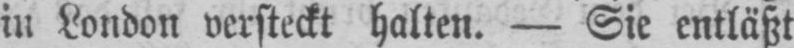
in London versteckt halten. - Sie entläßt